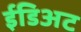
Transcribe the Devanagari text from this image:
ईडिअट